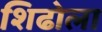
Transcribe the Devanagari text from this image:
शिढोला